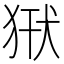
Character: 𤞿